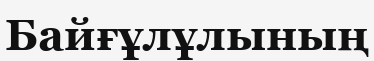
Байғұлұлының